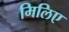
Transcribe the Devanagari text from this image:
मिलिए